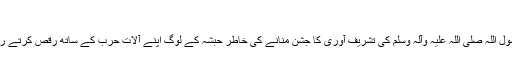
‘‘
’’رسول اللہ صلی اللہ علیہ وآلہ وسلم کی تشریف آوری کا جشن منانے کی خاطر حبشہ کے لوگ اپنے آلاتِ حرب کے ساتھ رقص کرتے رہے۔